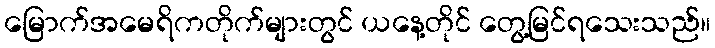
မြောက်အမေရိကတိုက်များတွင် ယနေ့တိုင် တွေ့မြင်ရသေးသည်။